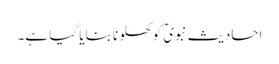
احادیث نبویؐ کو کھلونا بنایا گیا ہے۔